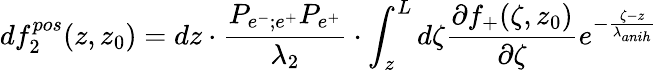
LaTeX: df_{2}^{pos}(z,z_{0})=dz\cdot\frac{P_{e^{-};e^{+}}P_{e^{+}}}{\lambda_{2}}\cdot\int_{z}^{L}d\zeta\frac{\partial f_{+}(\zeta,z_{0})}{\partial\zeta}e^{-\frac{\zeta-z}{\lambda_{anih}}}